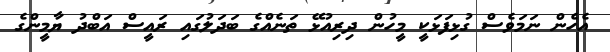
އެހެން ނަމަވެސް ގުޅިފަޅަކީ މީހުން ދިރިއުޅޭ ތަނެއްގެ ބަދަލުގައި ރައީސް އަބްދު ޔާމީންގެ